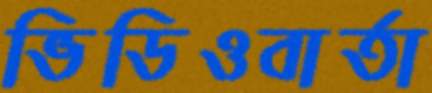
ভিডিওবার্তা